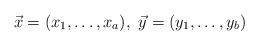
LaTeX: \begin{align*}\vec{x}=(x_1, \ldots, x_a), \ \vec{y}=(y_1, \ldots, y_{b})\end{align*}